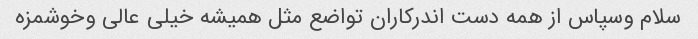
سلام وسپاس از همه دست اندرکاران تواضع مثل همیشه خیلی عالی وخوشمزه